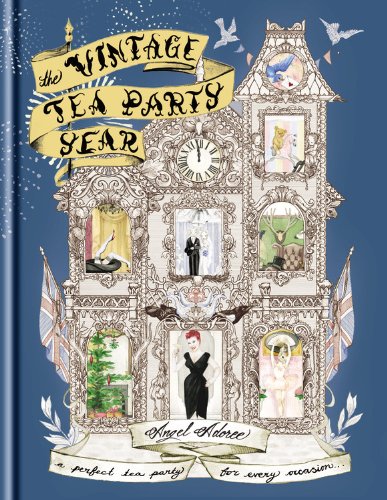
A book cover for The Vintage Tea Party Year; Angel Adoree; Cookbooks, Food & Wine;